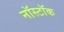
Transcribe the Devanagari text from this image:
नॉस्टॉक